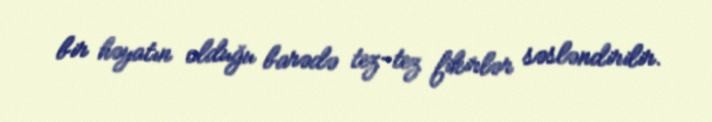
bir həyatın olduğu barədə tez-tez fikirlər səsləndirilir.